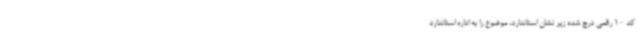
کد 10 رقمی درج شده زیر نشان استاندارد، موضوع را به اداره استاندارد